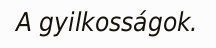
A gyilkosságok.